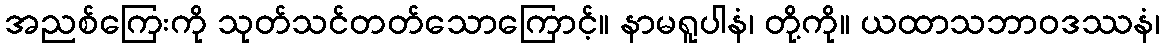
အညစ်ကြေးကို သုတ်သင်တတ်သောကြောင့်။ နာမရူပါနံ၊ တို့ကို။ ယထာသဘာဝဒဿနံ၊